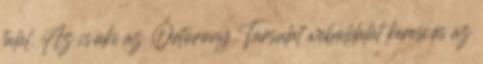
talál. Az is,aki az Őrtorony Társulat weboldalát keresi,és az